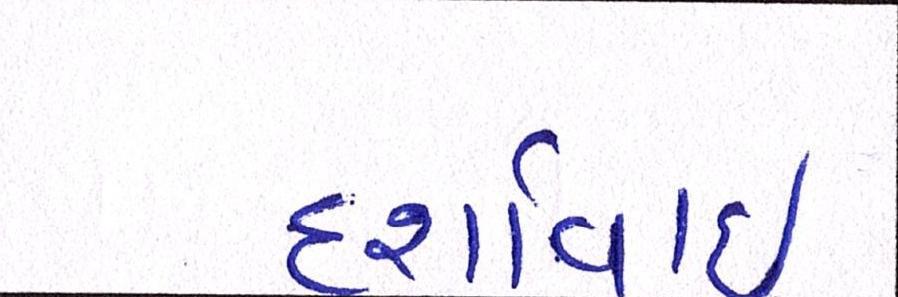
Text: દર્શાવાઈ